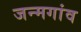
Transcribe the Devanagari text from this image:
जन्मगांव